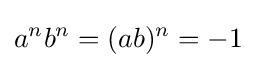
a^{n}b^{n}=(ab)^{n}=-1